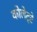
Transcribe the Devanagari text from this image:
कोलेट्टे